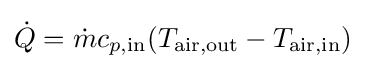
{\dot {Q}}={\dot {m}}c_{p,{\text{in}}}(T_{\text{air,out}}-T_{\text{air,in}})